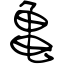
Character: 亀